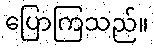
ပြောကြသည်။